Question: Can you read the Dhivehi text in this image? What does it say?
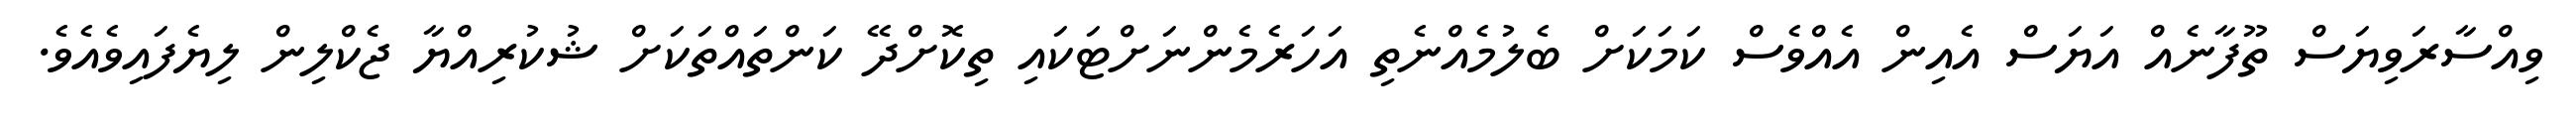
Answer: ވިއްސާރަވިޔަސް ތޫފާނެއް އަޔަސް އެއިން އެއްވެސް ކަމަކަށް ބެލުމެއްނެތި އަހަރެމެންނަށްޓަކައި ތިކޮށްދޭ ކަންތައްތަކަށް ޝުކުރިއްޔާ ޖެކްލިން ލިޔެފައިވެއެވެ.